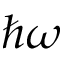
\hbar \omega